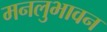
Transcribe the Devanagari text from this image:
मनलुभावन